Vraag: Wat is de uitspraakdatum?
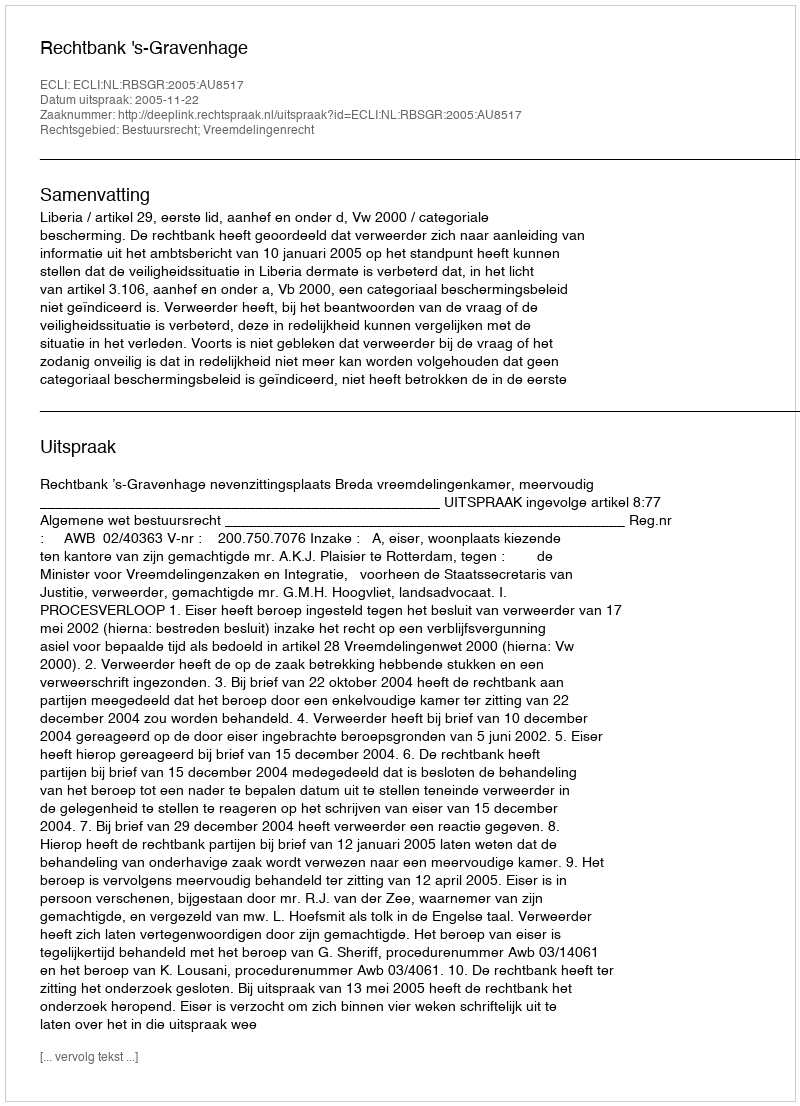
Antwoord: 2005-11-22